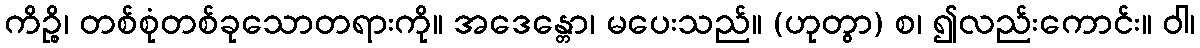
ကိဉ္စိ၊ တစ်စုံတစ်ခုသောတရားကို။ အဒေန္တော၊ မပေးသည်။ (ဟုတွာ) စ၊ ၍လည်းကောင်း။ ဝါ၊